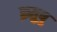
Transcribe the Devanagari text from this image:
क्रतुषु